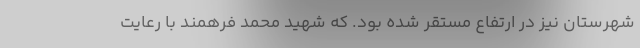
شهرستان نیز در ارتفاع مستقر شده بود. که شهید محمد فرهمند با رعایت